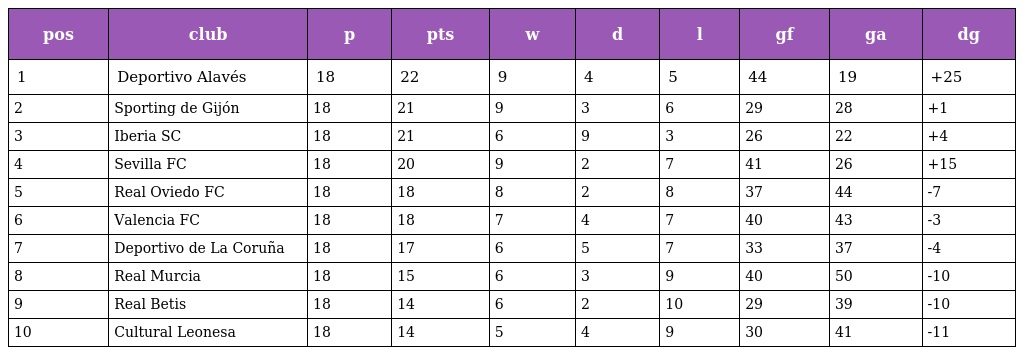
| pos | club | p | pts | w | d | l | gf | ga | dg |
 | --- | --- | --- | --- | --- | --- | --- | --- | --- | --- |
 | 1 | Deportivo Alavés | 18 | 22 | 9 | 4 | 5 | 44 | 19 | +25 |
 | 2 | Sporting de Gijón | 18 | 21 | 9 | 3 | 6 | 29 | 28 | +1 |
 | 3 | Iberia SC | 18 | 21 | 6 | 9 | 3 | 26 | 22 | +4 |
 | 4 | Sevilla FC | 18 | 20 | 9 | 2 | 7 | 41 | 26 | +15 |
 | 5 | Real Oviedo FC | 18 | 18 | 8 | 2 | 8 | 37 | 44 | -7 |
 | 6 | Valencia FC | 18 | 18 | 7 | 4 | 7 | 40 | 43 | -3 |
 | 7 | Deportivo de La Coruña | 18 | 17 | 6 | 5 | 7 | 33 | 37 | -4 |
 | 8 | Real Murcia | 18 | 15 | 6 | 3 | 9 | 40 | 50 | -10 |
 | 9 | Real Betis | 18 | 14 | 6 | 2 | 10 | 29 | 39 | -10 |
 | 10 | Cultural Leonesa | 18 | 14 | 5 | 4 | 9 | 30 | 41 | -11 |